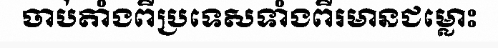
ចាប់តាំងពីប្រទេសទាំងពីរមានជម្លោះ